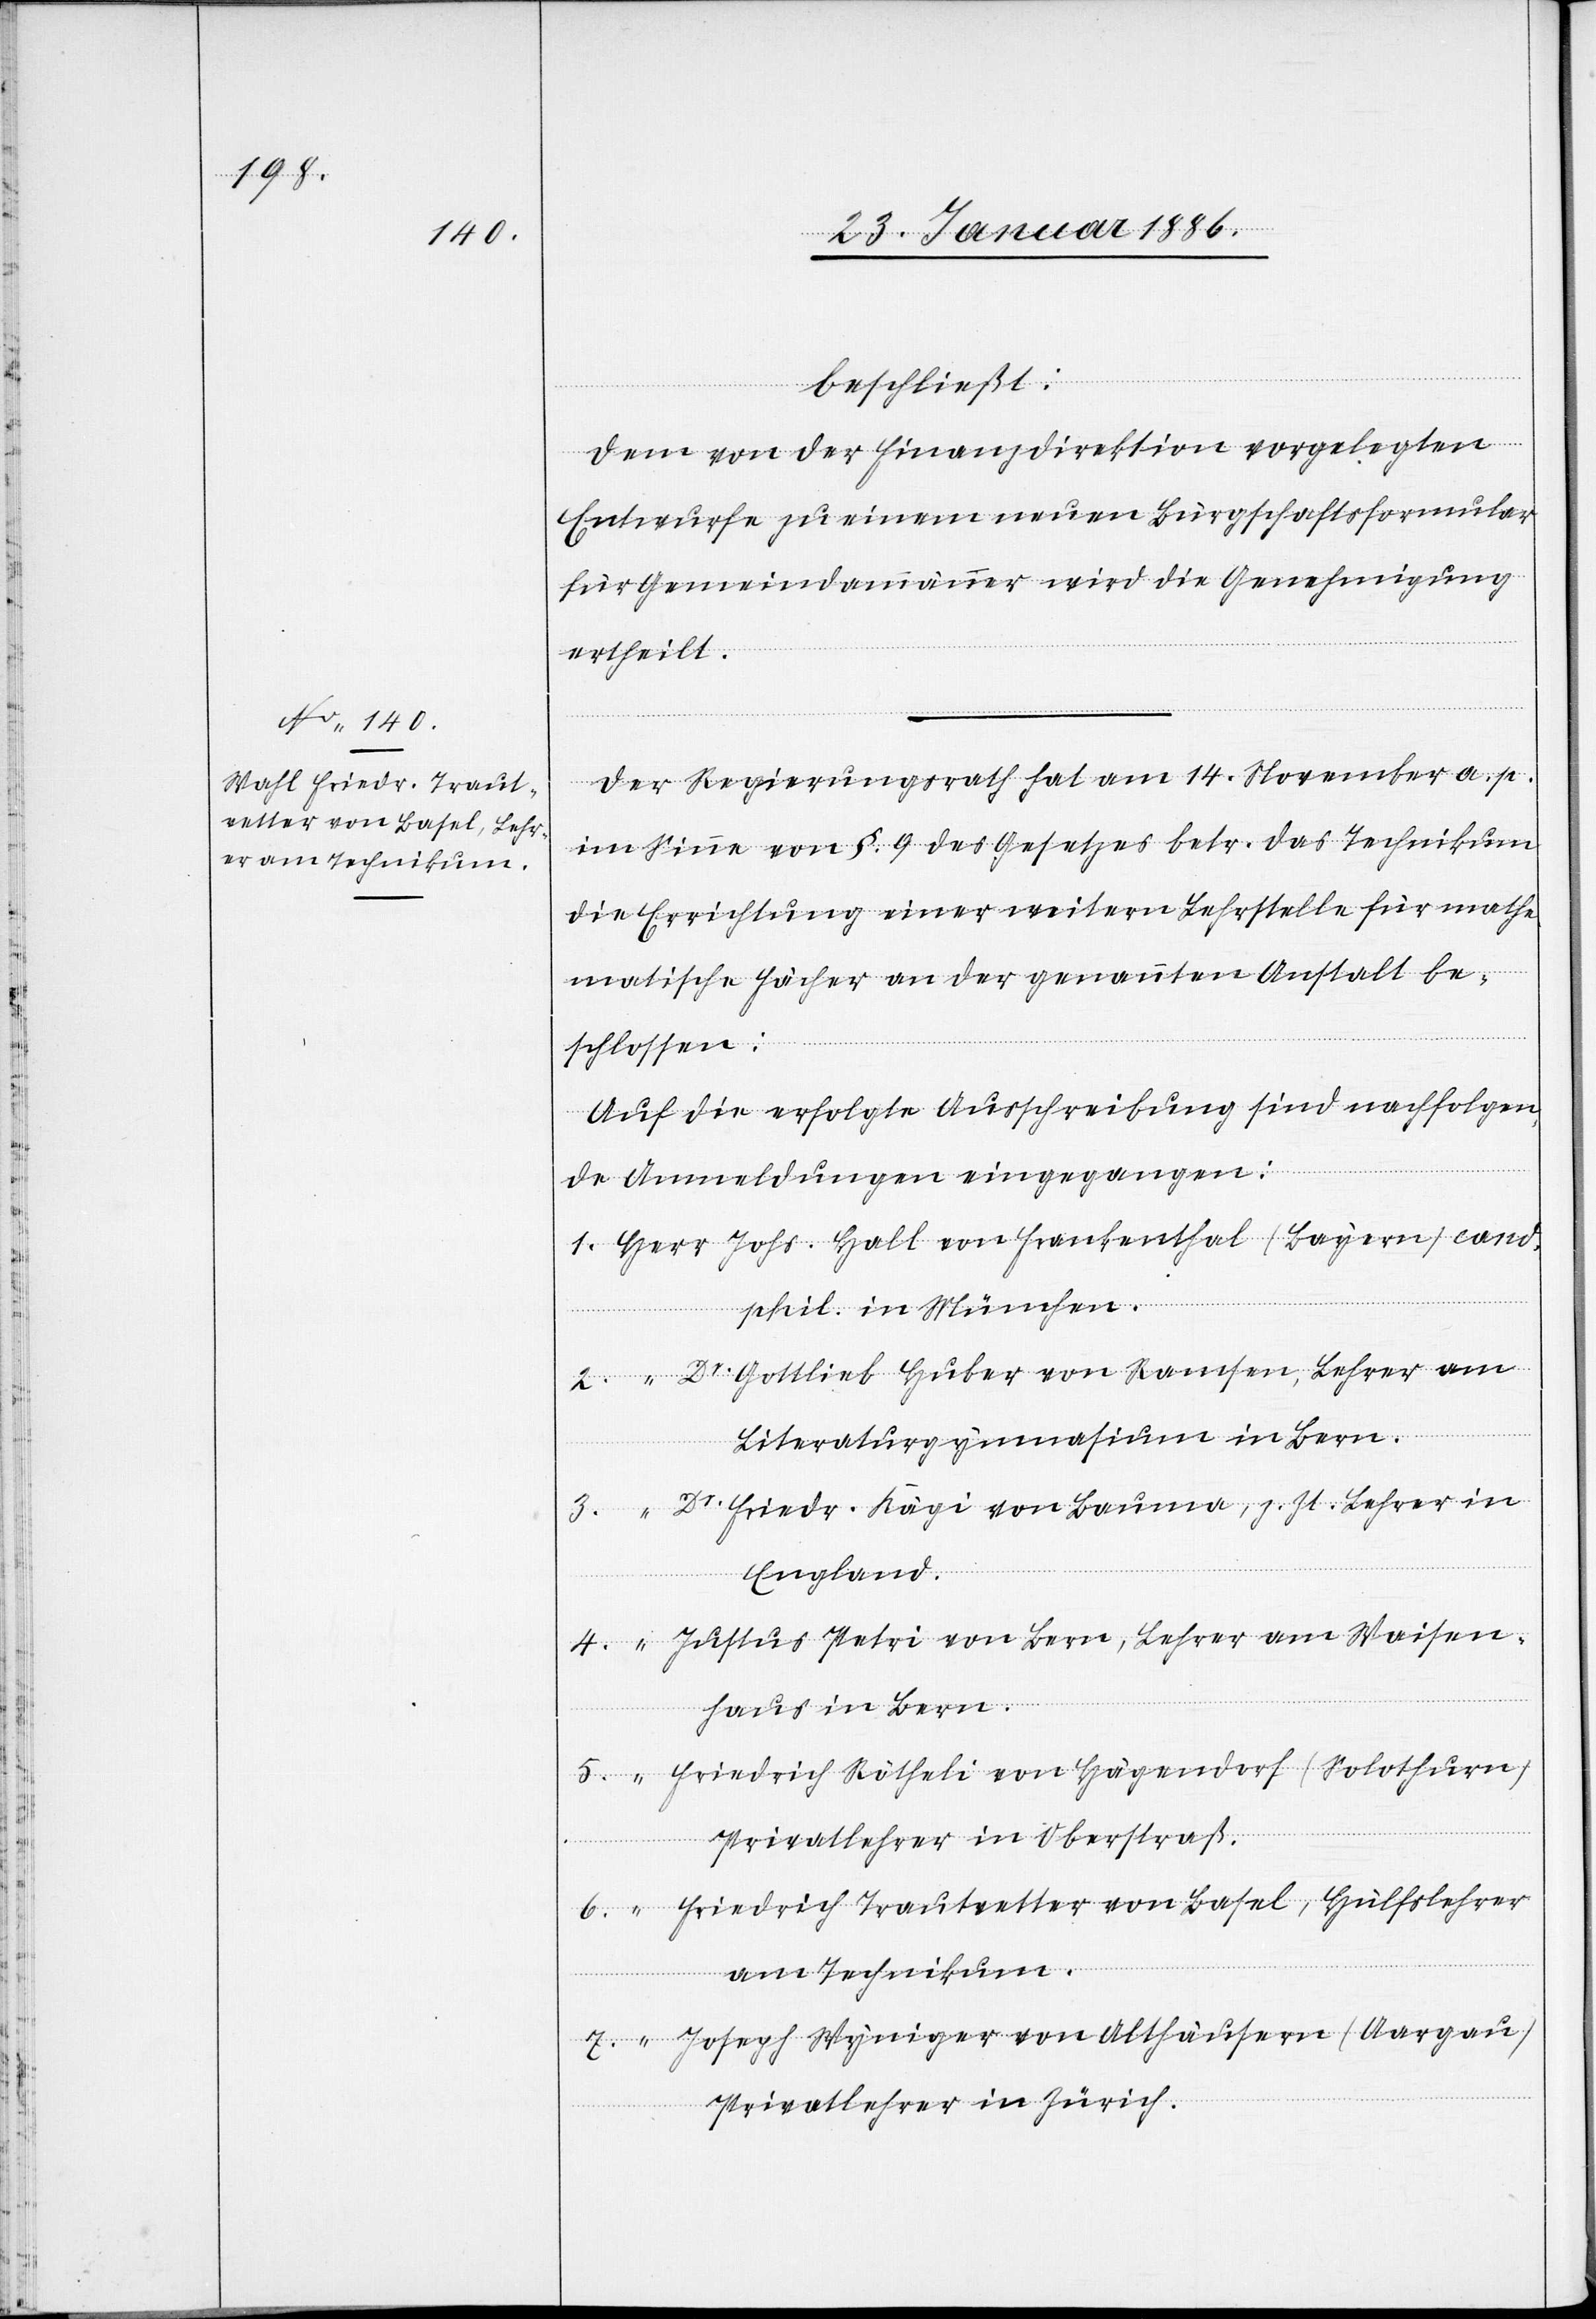
Bauma,

in

“
beschließt:
Dem von der Finanzdirektion vorgelegte
Entwurfe zu einem neuen Bürgschaftsformular
für Gemeindammänner wird die Genehmigung
ertheilt.
Der Regierungsrath hat am 14. November a. p.
im Sinne von §. 9 des Gesetzes betr. das Technikum
die Errichtung einer weitern Lehrstelle für mathe¬
matische Fächer an der genannten Anstalt be¬
schlossen:
Auf die erfolgte Ausschreibung sind nachfolgen¬
de Anmeldungen eingegangen:
phil. in München.
Dr Gottlieb Huber von Ramsen, Lehrer am
Literaturgymnasium in Bern.
England.
Justus Petri von Bern, Lehrer am Waisen¬
haus in Bern.
Friedrich Rötheli von Hägendorf (Solothurn),
Privatlehrer in Oberstraß.
Friedrich Trautwetter von Basel, Hülfslehrer
am Technikum.
Joseph Wyniger von Althäusern (Aargau),
Privatlehrer in Zürich.